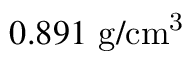
0 . 8 9 1 ~ \mathrm { g / c m ^ { 3 } }